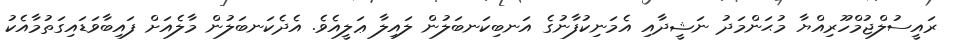
ރައީސުލްޖުމްހޫރިއްޔާ މުޙަންމަދު ނަޝީދާއި އެމަނިކުފާނުގެ އަނބިކަނބަލުން ލައިލާ ޢަލީއެވެ. އެދެކަނބަލުން މާލެއަށް ފައިބާވަޑައިގަތުމާއެކު